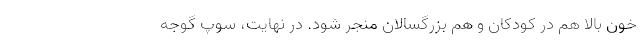
خون بالا هم در کودکان و هم بزرگسالان منجر شود. در نهایت، سوپ گوجه